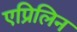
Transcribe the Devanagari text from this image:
एप्रिलिन